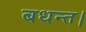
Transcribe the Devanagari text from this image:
बधन्त।